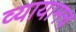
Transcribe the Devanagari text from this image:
व्यायामच